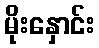
မိုးနှောင်း